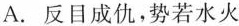
A.反目成仇，势若水火